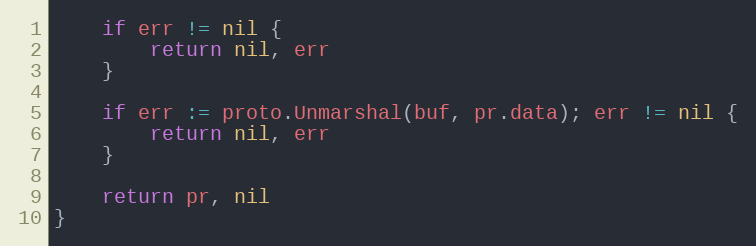
Language: Go
	if err != nil {
		return nil, err
	}

	if err := proto.Unmarshal(buf, pr.data); err != nil {
		return nil, err
	}

	return pr, nil
}